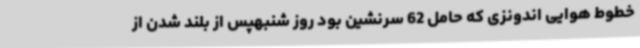
خطوط هوایی اندونزی که حامل 62 سرنشین بود روز شنبهپس از بلند شدن از